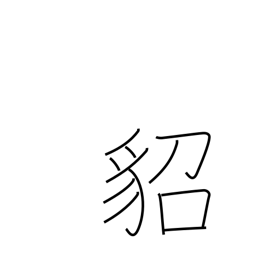
Meaning: marten